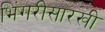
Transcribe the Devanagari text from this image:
भिंगरीसारखी